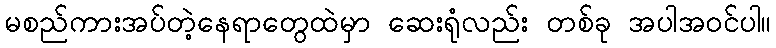
မစည်ကားအပ်တဲ့နေရာတွေထဲမှာ ဆေးရုံလည်း တစ်ခု အပါအဝင်ပါ။